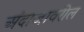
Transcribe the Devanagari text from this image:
अंदाजावरील